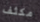
مكثف